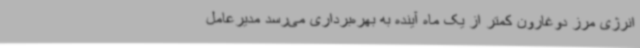
انرژی مرز دوغارون کمتر از یک ماه آینده به بهره‌برداری می‌رسد مدیرعامل